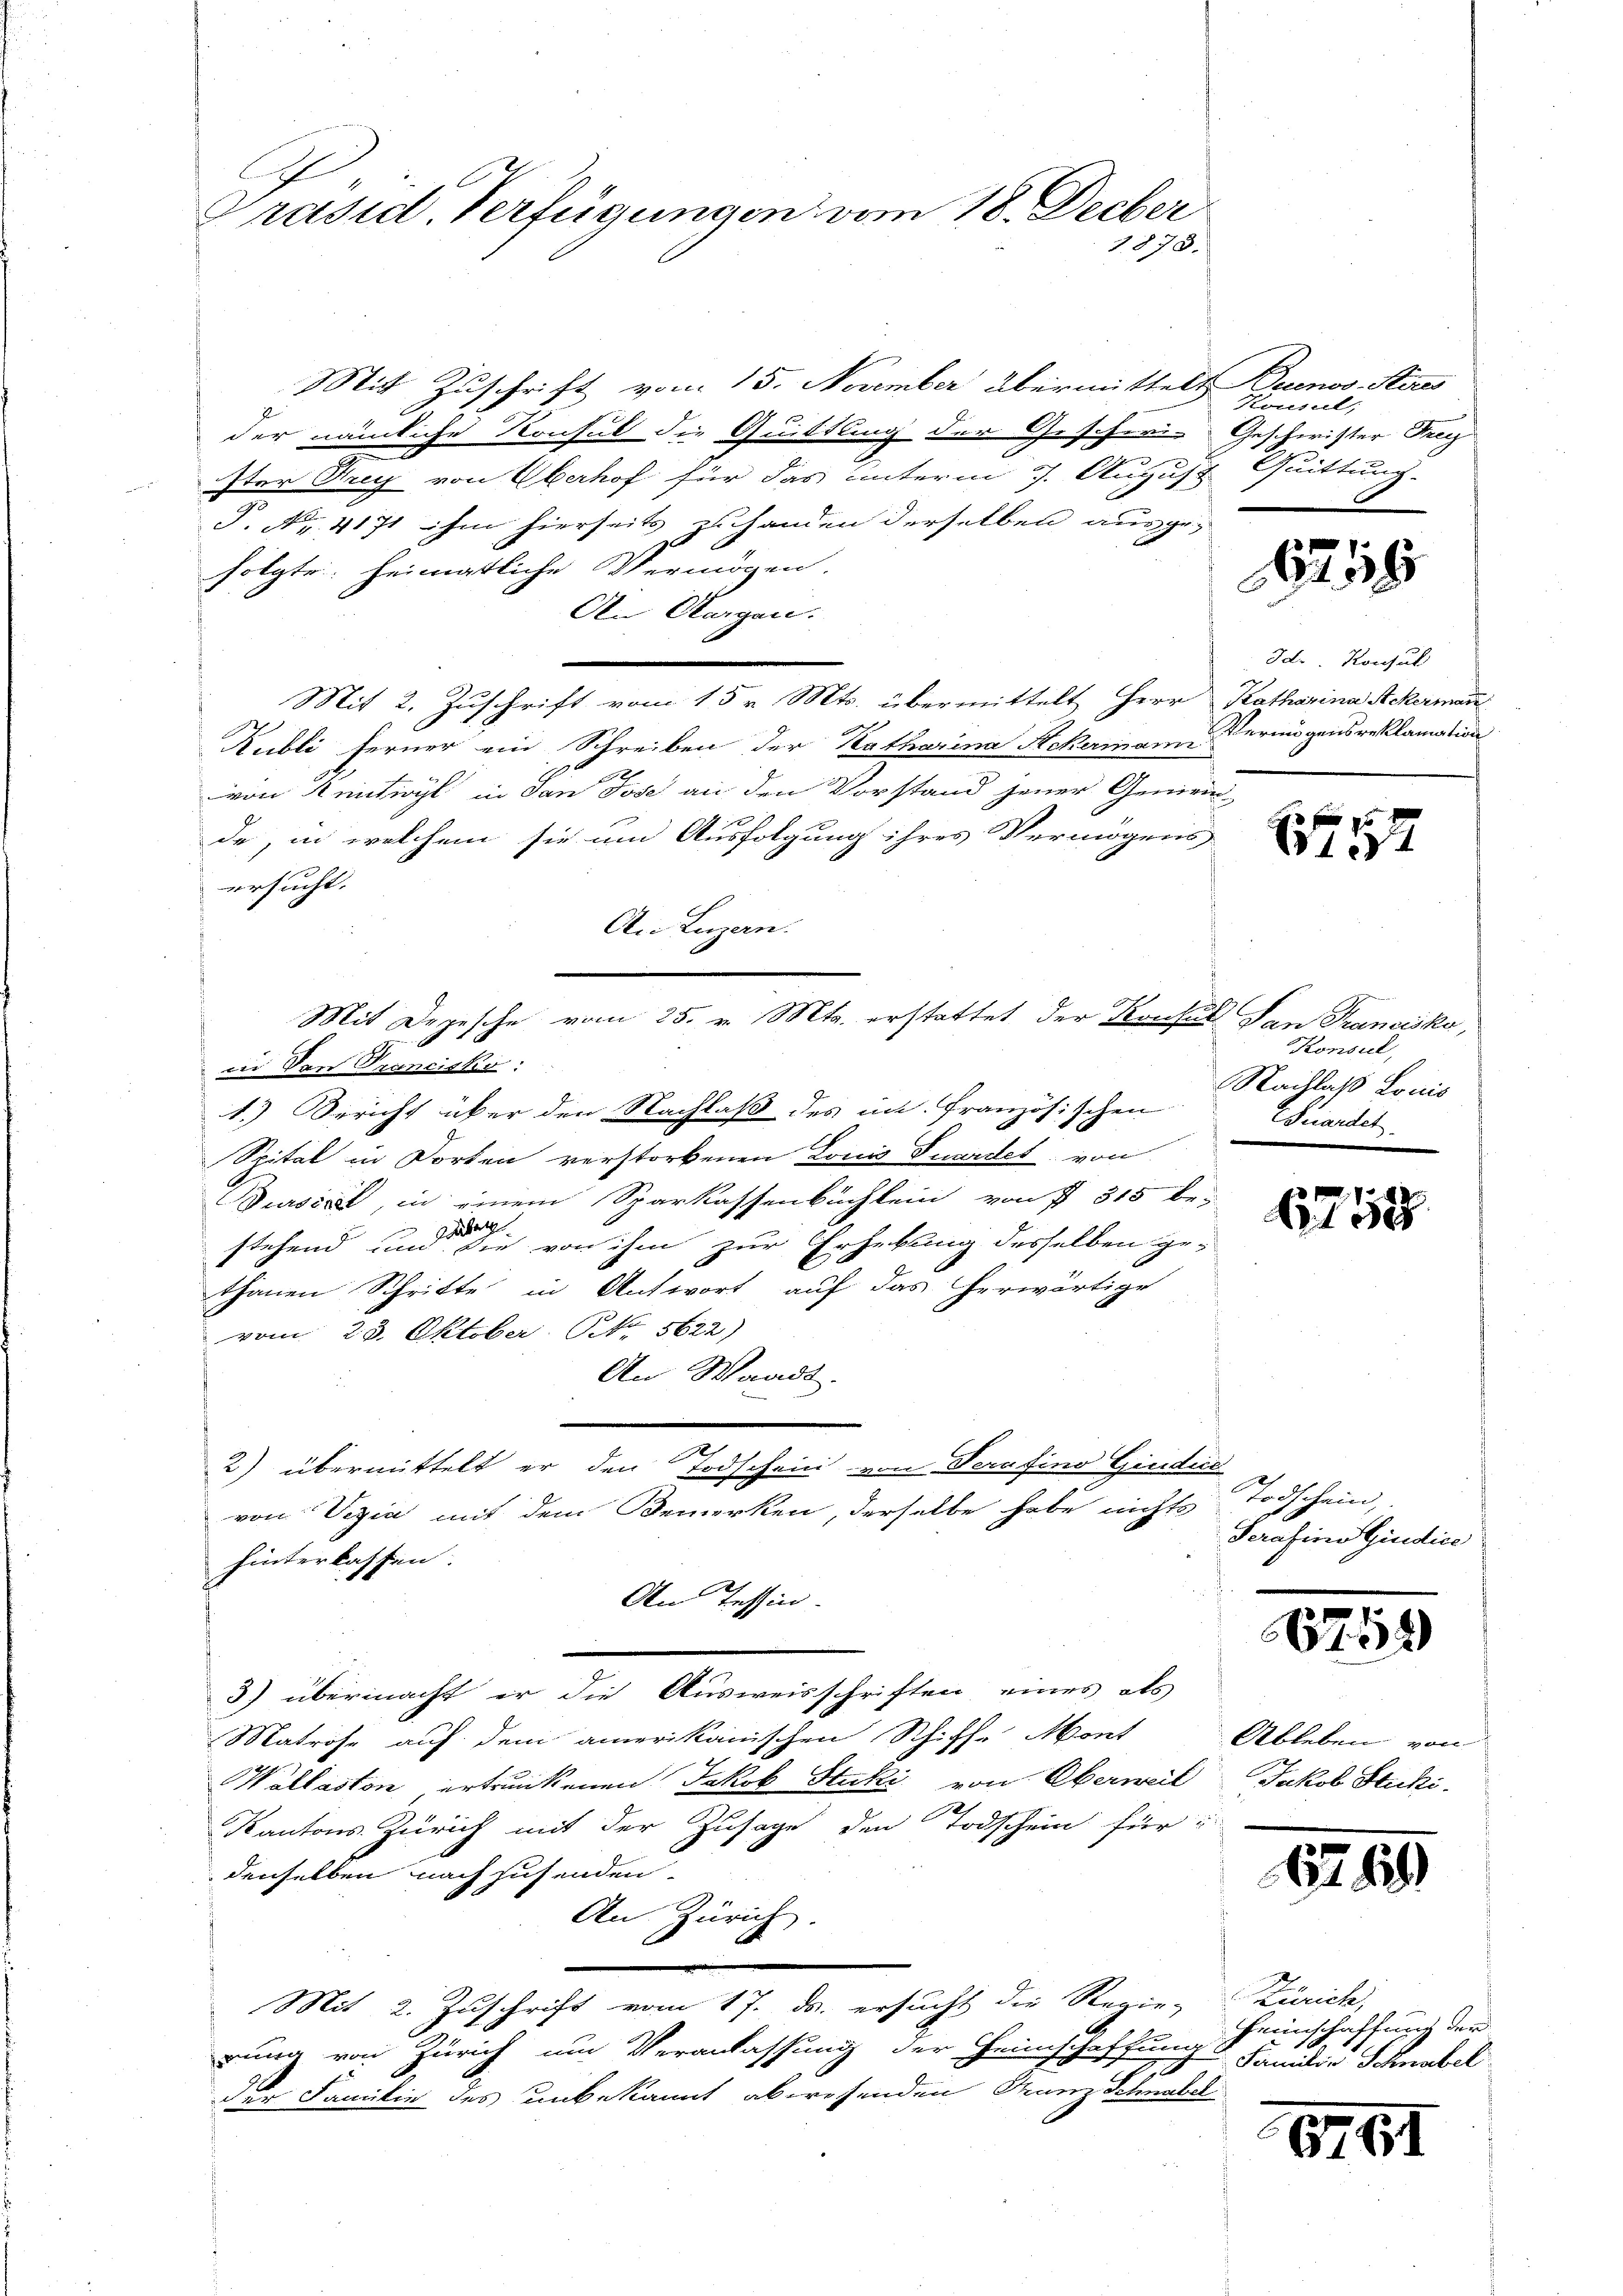
Präsid. Verfügungen vom 18. Decber
1878.

Mit Zuschrift vom 15. November übermittelt
der nämliche Konsul die Quittling der Gescheri-
Iter Krey von Oberhof für das unterm 7. August
P. Nr. 4171 ihm hierseits zu handen derselben ausgefolgte. Heimatliche Vermögen.
An Morgen.
Mit 2. Zuschrift vom 15 v. Mts. übermittelt Herr Katharina Ackermann
Kubli ferner ein Schreiben der Katharina Ackermann
von Rentigl in dan Jose an den Vorstand jener Gemein
de, in welchem sie um Ausfolgung ihres Vermögens
ersucht.
An Luzern.
in. Von Trancisko
1.) Sericht über den Nachlaß des in Französischen
Spital in Dorten verstorbenen Louis Puardes von
Jursiret, in einem Sparkassenbüchlein von § 315 be-
ber
stehend und die von ihm zur Erhebung desselben ge-
thanen Schritte in Antwort auf das herwärtige
vom 28. Oktober. No. 5622)
An Waadt.
2) übermittelt er den Todschein von Serafino Giudice
von Vizia mit dem Bemerken, derselbe habe nichts Todschein,
hinterkassen.
An Tessin.
3) übermacht er die Ausweisschriften eines als
Matrose auf dem amerikanischen Schiff- Mont
Wallasten ertrunkenen Jakob Stucki von Oberweil Jakob Stucki,
Kantons Zürich mit der Zusage den Todschein für
denselben nach sehenden.
An Zürich.
Mit 2. Zuschrift vom 17. ds. ersucht die Regie-
rung von Zürich um Veranlassung der Heimschaffung Familie Schnabel
770
der Familie des unbekannt aberessenden Franz Schnabel

Mit Depesche vom 25. v. Mts. erstattet der Krusel San Francisko,

Dumnos. Stimes
Konsul
Geschwister Frey
Quittung.

2115

Idr. Konsul
Vermögensreklamation

1

Konsul,
Nachlaß Louis
uiardet

1752

Serasino Giudice

6759

Ableben von

12. 119

Zürich,
Heinschaffung der

.

6